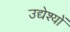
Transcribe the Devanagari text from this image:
उद्येश्यों